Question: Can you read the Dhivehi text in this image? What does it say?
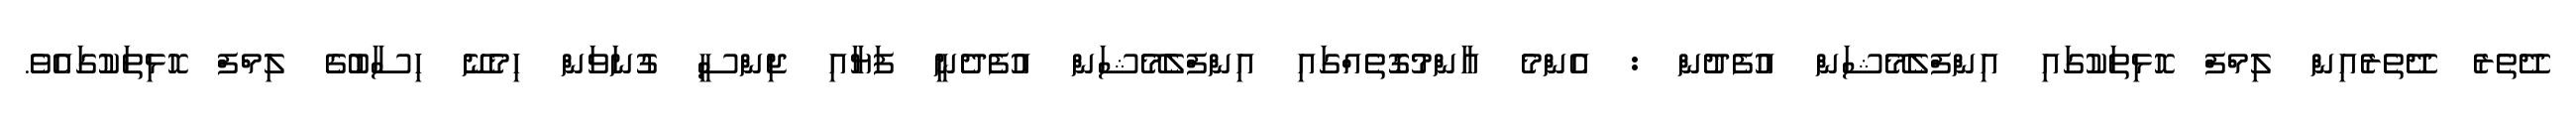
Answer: ދޭތެރެ ދޭތެރެއިން ލިމްފް ހޮޅިތަކުގައި އިންފްލެމޭޝަން އުފެދުން : އެންމެ އާންމުގޮތެއްގައި އިންފްލެމޭޝަން އުފެދެނީ ފަޔާއި ޖިންސީ ގުނަވަން ހިމެނޭ ހިސާބުގެ ލިމްފް ހޮޅިތަކުގައެވެ.